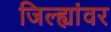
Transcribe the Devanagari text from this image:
जिल्ह्यांवर